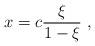
LaTeX: \begin{align*}x = c \frac{\xi}{1-\xi} \ ,\end{align*}